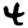
Digit: 4